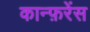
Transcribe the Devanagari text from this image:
कान्फ़रेंस